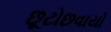
છૂટોછવાયો